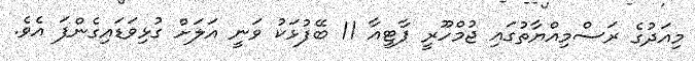
މިއަދުގެ ރަސްމިއްޔާތުގައި ޖުމްހޫރީ ޕާޓީއާ 11 ބޭފުޅަކު ވަނީ އަލަށް ގުޅިވަޑައިގެންފަ އެވެ.